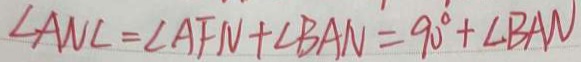
\angle A N C = \angle A F N + \angle B A N = 9 0 ^ { \circ } + \angle B A N